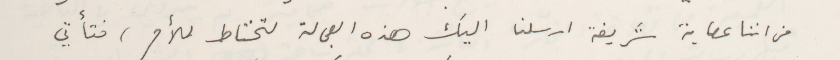
من اننا عصابة شريفة ارسلنا اليك هذه العجالة لتحتاط للأمر، فتأتي